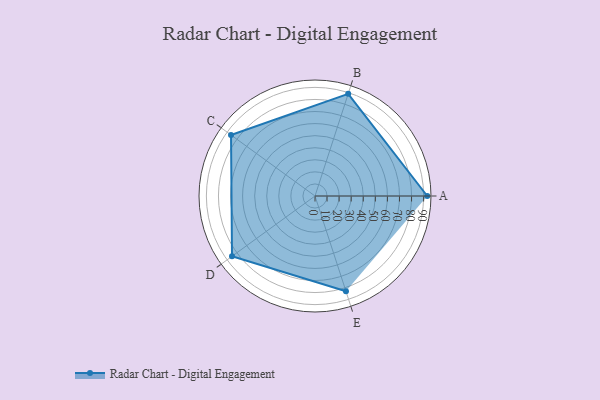
{"axis": {"x": "Skill", "y": "Score"}, "legend": ["Profile"], "data": [{"x": "A", "y": 93.0, "type": "Profile"}, {"x": "B", "y": 89.0, "type": "Profile"}, {"x": "C", "y": 86.0, "type": "Profile"}, {"x": "D", "y": 85.0, "type": "Profile"}, {"x": "E", "y": 83.0, "type": "Profile"}]}